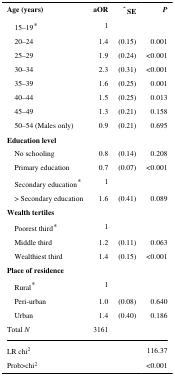
<table><thead><tr><td><b>Age (years)</b></td><td><b>aOR</b></td><td><b>ˆ SE</b></td><td><b><i>P</i></b></td></tr></thead><tbody><tr><td> 15–19*</td><td>1</td><td></td><td></td></tr><tr><td> 20–24</td><td>1.4</td><td>(0.15)</td><td>0.001</td></tr><tr><td> 25–29</td><td>1.9</td><td>(0.24)</td><td>&lt;0.001</td></tr><tr><td> 30–34</td><td>2.3</td><td>(0.31)</td><td>&lt;0.001</td></tr><tr><td> 35–39</td><td>1.6</td><td>(0.25)</td><td>0.001</td></tr><tr><td> 40–44</td><td>1.5</td><td>(0.25)</td><td>0.013</td></tr><tr><td> 45–49</td><td>1.3</td><td>(0.21)</td><td>0.158</td></tr><tr><td> 50–54 (Males only)</td><td>0.9</td><td>(0.21)</td><td>0.695</td></tr><tr><td><b>Education level</b></td><td></td><td></td><td></td></tr><tr><td> No schooling</td><td>0.8</td><td>(0.14)</td><td>0.208</td></tr><tr><td> Primary education</td><td>0.7</td><td>(0.07)</td><td>&lt;0.001</td></tr><tr><td> Secondary education*</td><td>1</td><td></td><td></td></tr><tr><td> &gt; Secondary education</td><td>1.6</td><td>(0.41)</td><td>0.089</td></tr><tr><td><b>Wealth tertiles</b></td><td></td><td></td><td></td></tr><tr><td> Poorest third*</td><td>1</td><td></td><td></td></tr><tr><td> Middle third</td><td>1.2</td><td>(0.11)</td><td>0.063</td></tr><tr><td> Wealthiest third</td><td>1.4</td><td>(0.15)</td><td>&lt;0.001</td></tr><tr><td><b>Place of residence</b></td><td></td><td></td><td></td></tr><tr><td> Rural*</td><td>1</td><td></td><td></td></tr><tr><td> Peri-urban</td><td>1.0</td><td>(0.08)</td><td>0.640</td></tr><tr><td> Urban</td><td>1.4</td><td>(0.40)</td><td>0.186</td></tr><tr><td>Total <i>N</i></td><td>3161</td><td></td><td></td></tr><tr><td>LR chi<sup>2</sup></td><td></td><td></td><td>116.37</td></tr><tr><td>Prob&gt;chi<sup>2</sup></td><td></td><td></td><td>&lt;0.001</td></tr></tbody></table>